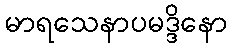
မာရသေနာပမဒ္ဒိနော